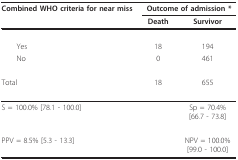
<table><thead><tr><td><b>Combined WHO criteria for near miss</b></td><td colspan="2"><b>Outcome of admission *</b></td></tr><tr><td></td><td><b>Death</b></td><td><b>Survivor</b></td></tr></thead><tbody><tr><td> Yes</td><td>18</td><td>194</td></tr><tr><td> No</td><td>0</td><td>461</td></tr><tr><td>Total</td><td>18</td><td>655</td></tr><tr><td colspan="2">S = 100.0% [78.1 - 100.0]</td><td>Sp = 70.4% [66.7 - 73.8]</td></tr><tr><td colspan="2">PPV = 8.5% [5.3 - 13.3]</td><td>NPV = 100.0% [99.0 - 100.0]</td></tr></tbody></table>